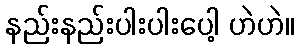
နည်းနည်းပါးပါးပေါ့ ဟဲဟဲ။